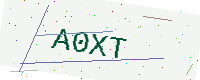
Text: A0XT